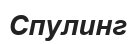
Спулинг